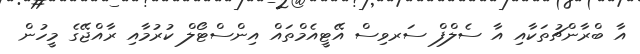
އާ ބްރާންޗުތަކާއި އާ ސެލްފް ސަރވިސް އޭޓީއެމްތައް އިންސްޓޯލް ކުރުމާއި ރާއްޖޭގެ މީހުން